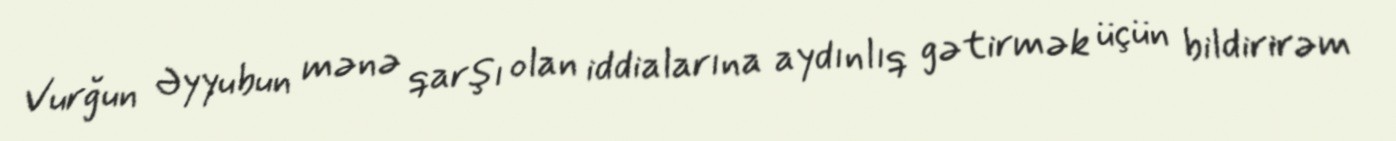
Vurğun Əyyubun mənə qarşı olan iddialarına aydınlıq gətirmək üçün bildirirəm